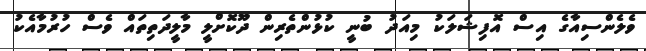
ވެލެންސިއާގެ އިސް އޮފިޝަލަކު މިއަދު ބުނީ ކުޅުންތެރިން ދޫކޮށްލީ މާލީދަތިތައް ވެސް ހުރުމާއެކު